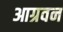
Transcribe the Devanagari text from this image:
आग्रवन